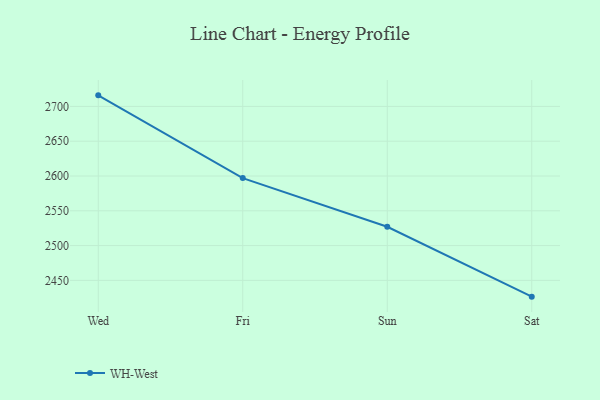
{"axis": {"x": "Day", "y": "Net Income (USD K)"}, "legend": ["WH-West"], "data": [{"x": "Wed", "y": 2715.9, "type": "WH-West"}, {"x": "Fri", "y": 2597.0, "type": "WH-West"}, {"x": "Sun", "y": 2527.0, "type": "WH-West"}, {"x": "Sat", "y": 2426.6, "type": "WH-West"}]}